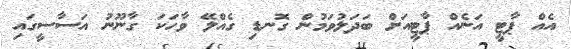
އެއް ޕާޓީ އަނެއް ޕާޓީއަށް ބަދަލުވަމުން ގޮނޑި ގެއްލޭ ވާހަކަ ގާނޫނު އަސާސީގައި